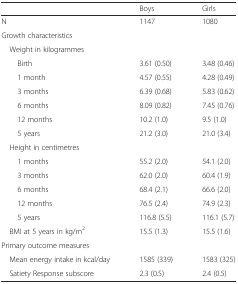
<table><thead><tr><td></td><td><b>Boys</b></td><td><b>Girls</b></td></tr></thead><tbody><tr><td>N</td><td>1147</td><td>1080</td></tr><tr><td>Growth characteristics</td><td></td><td></td></tr><tr><td> Weight in kilogrammes</td><td></td><td></td></tr><tr><td>Birth</td><td>3.61 (0.50)</td><td>3.48 (0.46)</td></tr><tr><td>1 month</td><td>4.57 (0.55)</td><td>4.28 (0.49)</td></tr><tr><td>3 months</td><td>6.39 (0.68)</td><td>5.83 (0.62)</td></tr><tr><td>6 months</td><td>8.09 (0.82)</td><td>7.45 (0.76)</td></tr><tr><td>12 months</td><td>10.2 (1.0)</td><td>9.5 (1.0)</td></tr><tr><td>5 years</td><td>21.2 (3.0)</td><td>21.0 (3.4)</td></tr><tr><td> Height in centimetres</td><td></td><td></td></tr><tr><td>1 months</td><td>55.2 (2.0)</td><td>54.1 (2.0)</td></tr><tr><td>3 months</td><td>62.0 (2.0)</td><td>60.4 (1.9)</td></tr><tr><td>6 months</td><td>68.4 (2.1)</td><td>66.6 (2.0)</td></tr><tr><td>12 months</td><td>76.5 (2.4)</td><td>74.9 (2.3)</td></tr><tr><td>5 years</td><td>116.8 (5.5)</td><td>116.1 (5.7)</td></tr><tr><td> BMI at 5 years in kg/m<sup>2</sup></td><td>15.5 (1.3)</td><td>15.5 (1.6)</td></tr><tr><td>Primary outcome measures</td><td></td><td></td></tr><tr><td> Mean energy intake in kcal/day</td><td>1585 (339)</td><td>1583 (325)</td></tr><tr><td> Satiety Response subscore</td><td>2.3 (0.5)</td><td>2.4 (0.5)</td></tr></tbody></table>